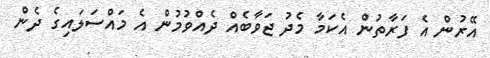
އޭރުން އެ ފަރާތުން އެކަމާ މެދު ޖަވާބެއް ދެއްވުމުން އެ މައްސަލައިގެ ދެން